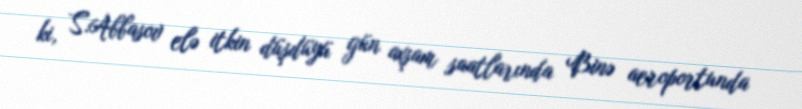
ki, S.Abbasov elə itkin düşdüyü gün axşam saatlarında Binə aeroportunda